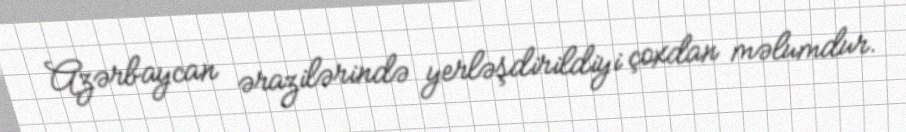
Azərbaycan ərazilərində yerləşdirildiyi çoxdan məlumdur.